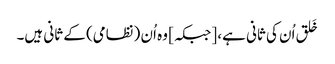
خَلق اُن کی ثانی ہے، [جبکہ] وہ اُن (نظامی) کے ثانی ہیں۔